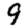
Digit: 9